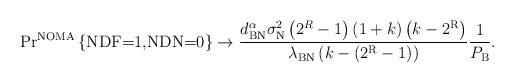
LaTeX: \begin{align*}&\textrm{Pr}^{\textrm{NOMA}}\left\lbrace \textrm{NDF=1,NDN=0}\right\rbrace \to\frac{d_{\textrm{BN}}^{\alpha} \sigma_{\textrm{N}}^{2}\left(2^{R}-1\right)(1+k)\left(k-2^{\textrm{R}}\right)}{\lambda_{\textrm{BN}}\left(k-\left(2^{\textrm{R}}-1\right)\right)} \frac{1}{P_{\textrm{B}}}.\end{align*}